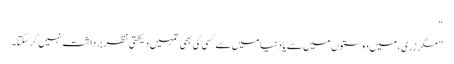
“
”مگر زری، میں دوستوں میں سے یا دنیا میں سے کسی کی بھی تمہیں دیکھتی نظر برداشت نہیں کر سکتا۔